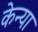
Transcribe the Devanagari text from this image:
केन्‍या